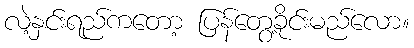
လဲ့နှင်းရည်ကတော့ ပြန်တွေ့ခိုင်းမည်လော။